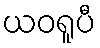
ယဝရူပီ